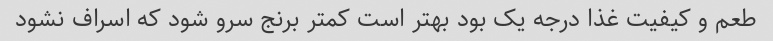
طعم و کیفیت غذا درجه یک بود بهتر است کمتر برنج سرو شود که اسراف نشود